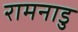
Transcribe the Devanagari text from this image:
रामनाडु